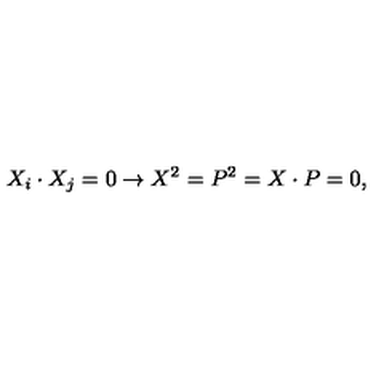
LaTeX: X _ { i } \cdot X _ { j } = 0 \rightarrow X ^ { 2 } = P ^ { 2 } = X \cdot P = 0 ,